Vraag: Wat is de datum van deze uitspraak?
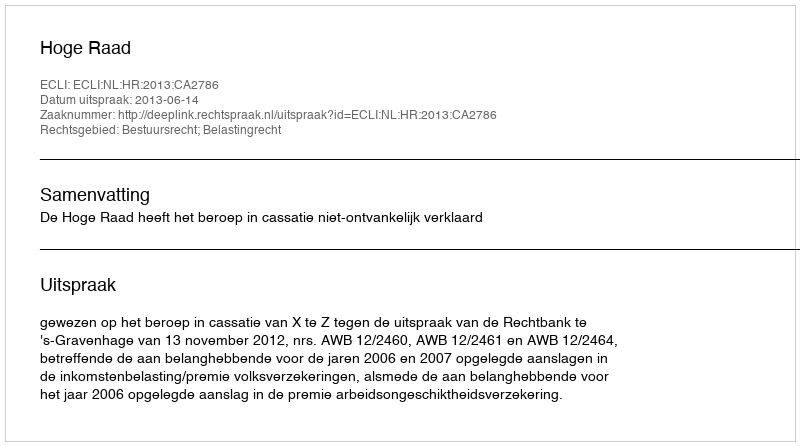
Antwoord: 2013-06-14